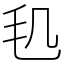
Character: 𣬠